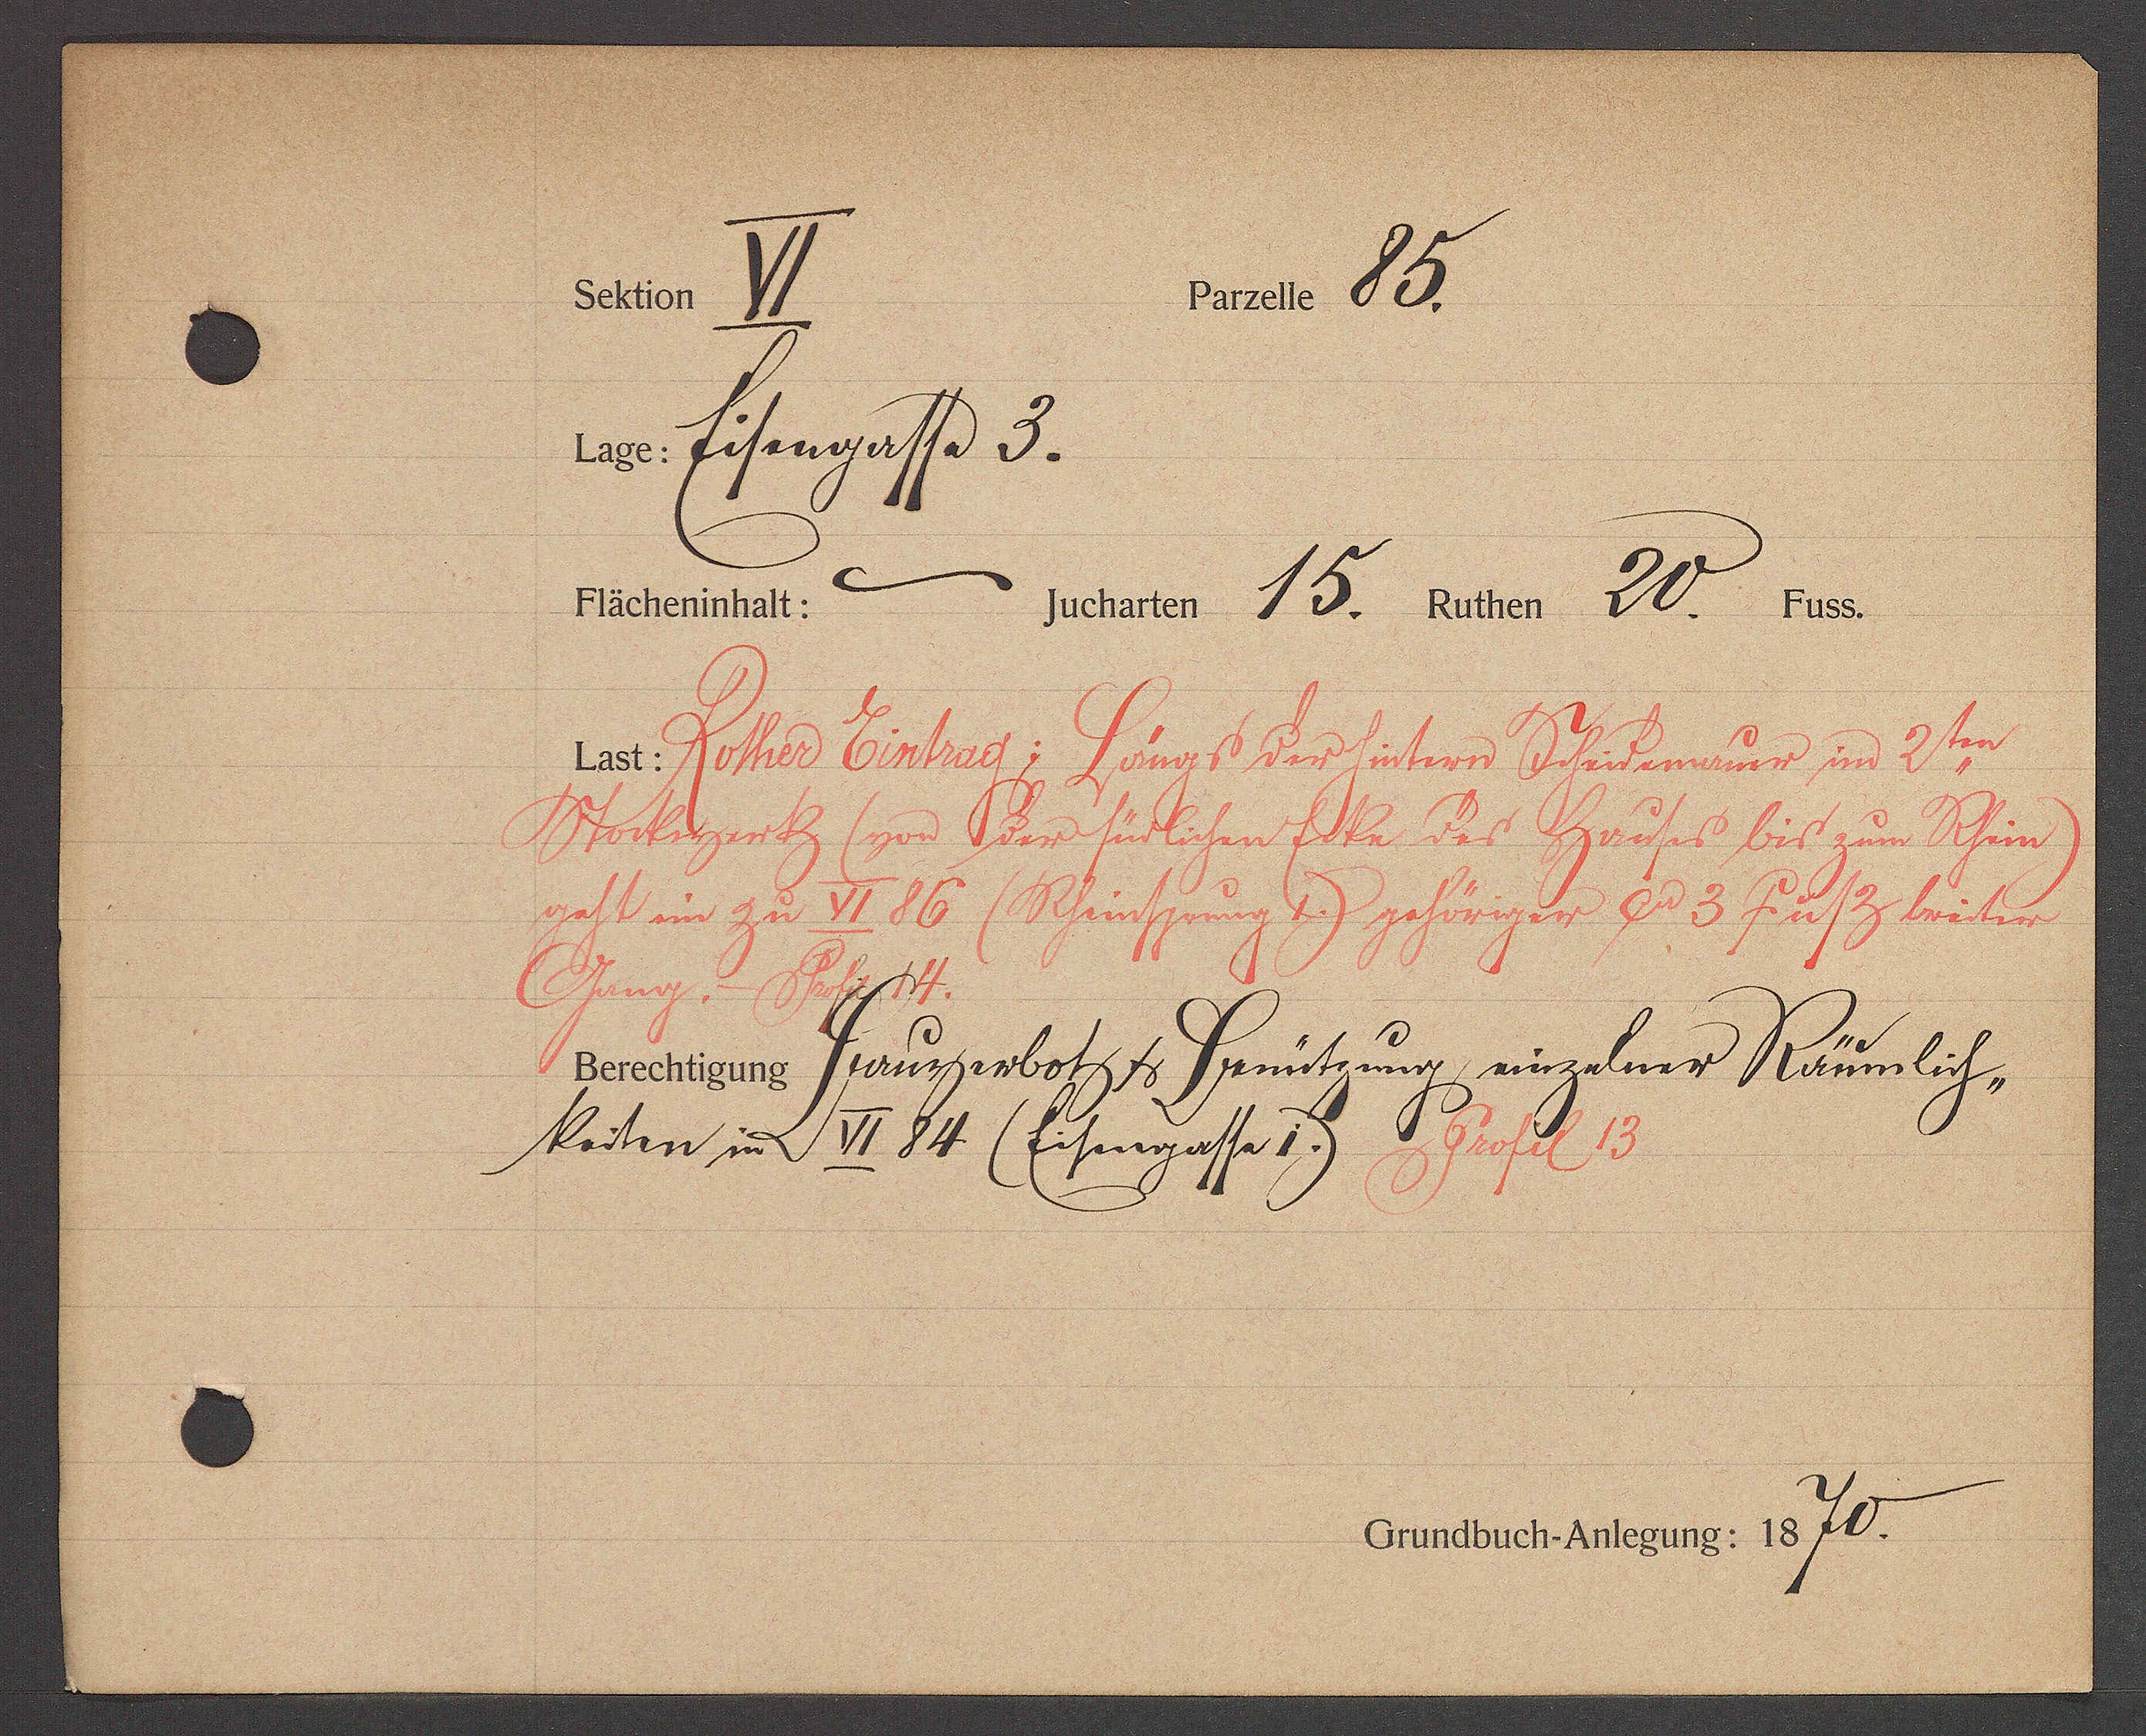
Transcript:
86.
. I

wer Eisengasse 3.
Wäckeristratt.
145402 4 ℔. anter 2 ℔ 10.
hei
am Rother Eintrag: Längs der hinten Scheidemauer im s.
Stockwerk (von der südlichen Ecke des Hauses bis zum Rhin)
geft in zu VI 86 (Rhinsprung 1.) gehöriger ?? 3 fusz breiter
??ng. - Profil 14.
Dereigers Hausgerbotz & Bentzug einselner Räumlich
keiten in VI 84 (Eisengasse 1) Profil 13
Anndbrch. Einteno: 15 fl.